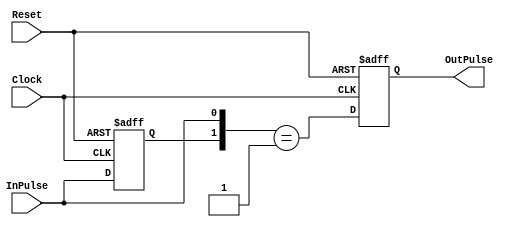
//M[NbNpXo
// Unit of delay : 2
/* Portlist
PosedgePulse ppulse(
		.Clock(Clock),	// i
		.Reset(Reset),	// i
		.InPulse(),		// i
		.OutPulse()		// o
	);
*/

module PosedgePulse
(
	////////////////////////////////////////////////////
	// Ports
	input Clock,Reset,InPulse,
	output reg OutPulse
);

	////////////////////////////////////////////////////
	// Registers
	reg rInPulse;
	
	always@(posedge Clock or posedge Reset) begin
		if(Reset)begin
			OutPulse	<= 1'b0;
			rInPulse	<= 1'b0;
		end else begin
			rInPulse	<= InPulse;
			OutPulse	<= {rInPulse,InPulse} == 2'b01;
		end
	end

endmodule